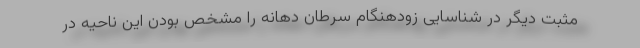
مثبت دیگر در شناسایی زودهنگام سرطان دهانه را مشخص بودن این ناحیه در